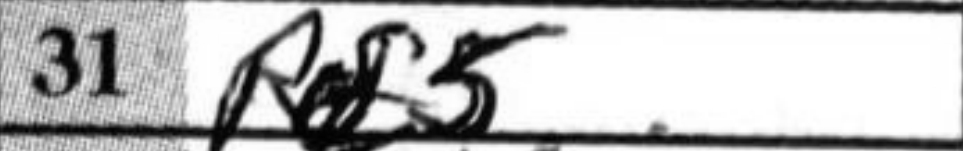
Transcription: Rf5